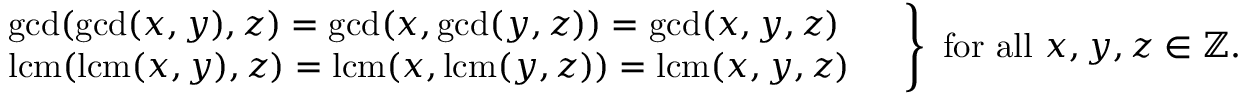
\left. { \begin{array} { l } { \gcd ( \gcd ( x , y ) , z ) = \gcd ( x , \gcd ( y , z ) ) = \gcd ( x , y , z ) \ \quad } \\ { \operatorname { l c m } ( \operatorname { l c m } ( x , y ) , z ) = \operatorname { l c m } ( x , \operatorname { l c m } ( y , z ) ) = \operatorname { l c m } ( x , y , z ) \quad } \end{array} } \right\} { \mathrm { ~ f o r ~ a l l ~ } } x , y , z \in \mathbb { Z } .